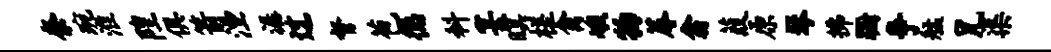
奈琬淮隍俱箭湮潺过督苞德料宴暝槎禽峨物蓐翕葭原琴拂蹰争艋兄渠